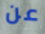
عن